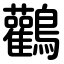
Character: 鸛